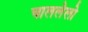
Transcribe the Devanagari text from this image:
चाललेलो